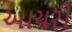
આયરી